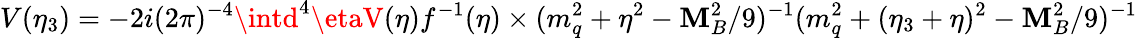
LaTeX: V(\eta_{3})=-2i(2\pi)^{-4}\intd^{4}\etaV(\eta)f^{-1}(\eta)\times(m_{q}^{2}+\eta^{2}-\mathbf{M}_{B}^{2}/9)^{-1}(m_{q}^{2}+(\eta_{3}+\eta)^{2}-\mathbf{M}_{B}^{2}/9)^{-1}